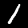
Digit: 1